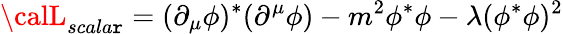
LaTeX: {\calL}_{scala\mathtt{r}}=(\partial_{\mu}\phi)^{\ast}(\partial^{\mu}\phi)-m^{2}\phi^{\ast}\phi-\lambda(\phi^{\ast}\phi)^{2}